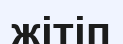
жітіп